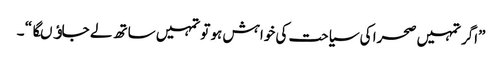
”اگر تمہیں صحرا کی سیاحت کی خواہش ہو تو تمہیں ساتھ لے جاﺅںگا “ ۔